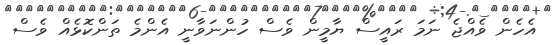
އެހެން ވެއްޖެ ނަމަ ރައީސް ޔާމީން ވެސް ހުންނަވާނީ އެންމެ ތަންކޮޅެއް ވެސް